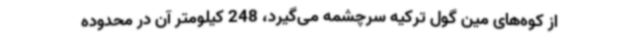
از کوه‌های مین گول ترکیه سرچشمه می‌گیرد، 248 کیلومتر آن در محدوده